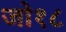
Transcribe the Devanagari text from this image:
जो१८